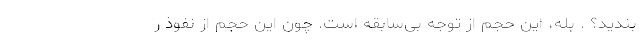
بندید؟ . بله، این حجم از توجه بی‌سابقه است. چون این حجم از نفوذ ر